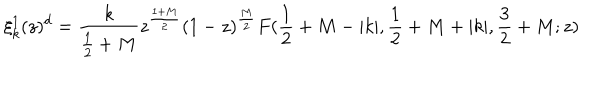
LaTeX: \xi _ { k } ^ { 1 } ( z ) ^ { d } = \frac { k } { \frac { 1 } { 2 } + M } z ^ { \frac { 1 + M } { 2 } } ( 1 - z ) ^ { \frac { M } { 2 } } F ( \frac { 1 } { 2 } + M - | k | , \frac { 1 } { 2 } + M + | k | , \frac { 3 } { 2 } + M ; z )